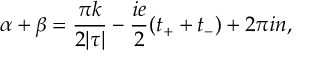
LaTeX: \alpha + \beta = \frac { \pi k } { 2 | \tau | } - \frac { i e } { 2 } ( t _ { + } + t _ { - } ) + 2 \pi i n ,